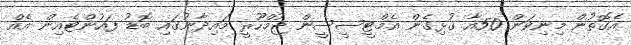
އެގޮތުން މިނިވަން 50އާ ގުޅިގެން އެމްޓީސީސީން ޖުމްހޫރީ މައިދާނުގައި ބޮޑު ފައުންޓެެއިން އެއް